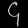
Digit: ၄